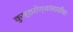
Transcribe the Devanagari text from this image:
कुष्ठरोग्यांसाठीचा